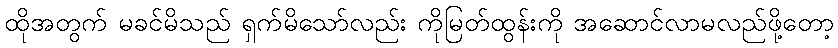
ထိုအတွက် မခင်မိသည် ရှက်မိသော်လည်း ကိုမြတ်ထွန်းကို အဆောင်လာမလည်ဖို့တော့